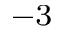
^ { - 3 }